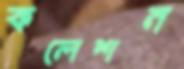
কলেশন